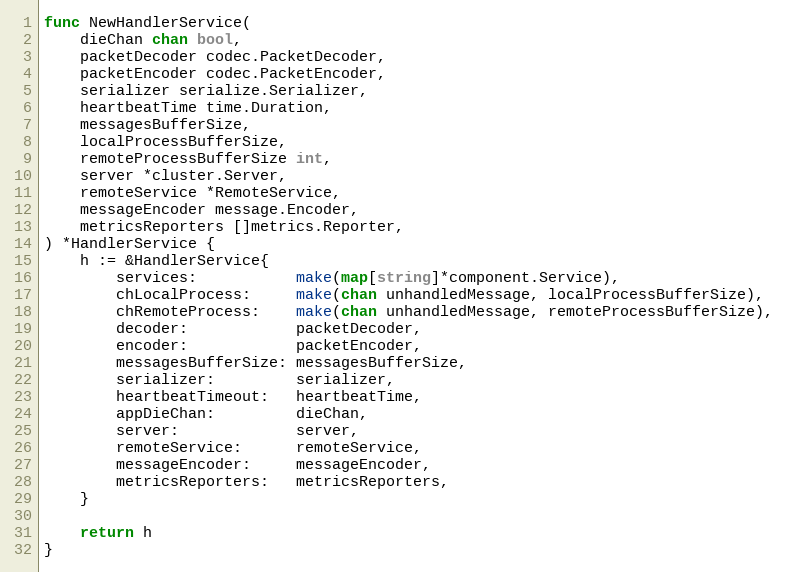
Language: Go
func NewHandlerService(
	dieChan chan bool,
	packetDecoder codec.PacketDecoder,
	packetEncoder codec.PacketEncoder,
	serializer serialize.Serializer,
	heartbeatTime time.Duration,
	messagesBufferSize,
	localProcessBufferSize,
	remoteProcessBufferSize int,
	server *cluster.Server,
	remoteService *RemoteService,
	messageEncoder message.Encoder,
	metricsReporters []metrics.Reporter,
) *HandlerService {
	h := &HandlerService{
		services:           make(map[string]*component.Service),
		chLocalProcess:     make(chan unhandledMessage, localProcessBufferSize),
		chRemoteProcess:    make(chan unhandledMessage, remoteProcessBufferSize),
		decoder:            packetDecoder,
		encoder:            packetEncoder,
		messagesBufferSize: messagesBufferSize,
		serializer:         serializer,
		heartbeatTimeout:   heartbeatTime,
		appDieChan:         dieChan,
		server:             server,
		remoteService:      remoteService,
		messageEncoder:     messageEncoder,
		metricsReporters:   metricsReporters,
	}

	return h
}